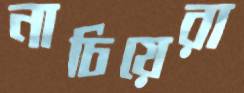
নাচিয়েরা